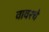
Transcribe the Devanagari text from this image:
वावरचे